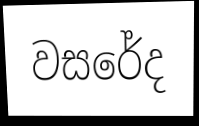
වසරේද